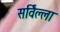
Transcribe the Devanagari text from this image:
सर्विल्ला